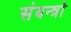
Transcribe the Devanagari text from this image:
संयन्त्रो